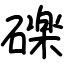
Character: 䃯